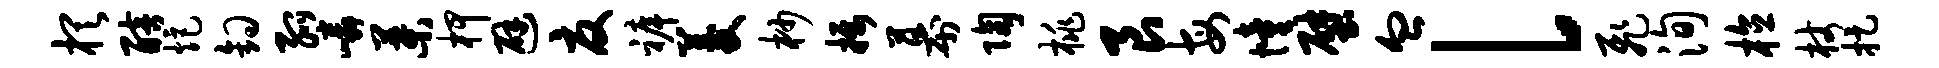
棋醅炬钩弧嶙叶柙避夏裤菱杪摄幕陶桃艮每憧壁血l飞洵植杖捉